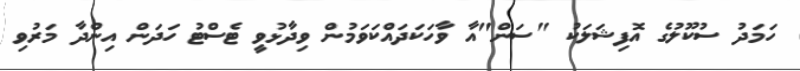
ހަމަދު ސުކޫލުގެ އޮފިޝަލަކު "ސަން"އާ ވާހަކަދައްކަވަމުން ވިދާޅުވީ ޓެސްޓު ހަދަން އިންދާ މަރުވި